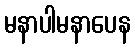
မနာပါမနာပေန